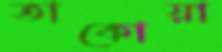
তাকোয়া